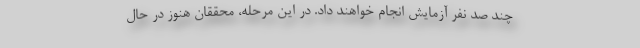
چند صد نفر آزمایش انجام خواهند داد. در این مرحله، محققان هنوز در حال